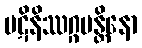
ပဋိနိဿဂ္ဂမန္တိနော